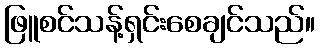
ဖြူစင်သန့်ရှင်းစေချင်သည်။